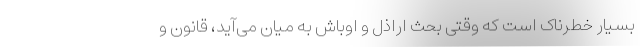
بسیار خطرناک است که وقتی بحث اراذل و اوباش به میان می‌آید، قانون و